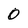
Character: 0